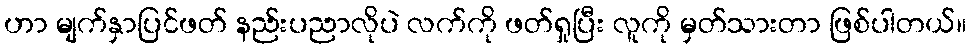
ဟာ မျက်နှာပြင်ဖတ် နည်းပညာလိုပဲ လက်ကို ဖတ်ရှုပြီး လူကို မှတ်သားတာ ဖြစ်ပါတယ်။